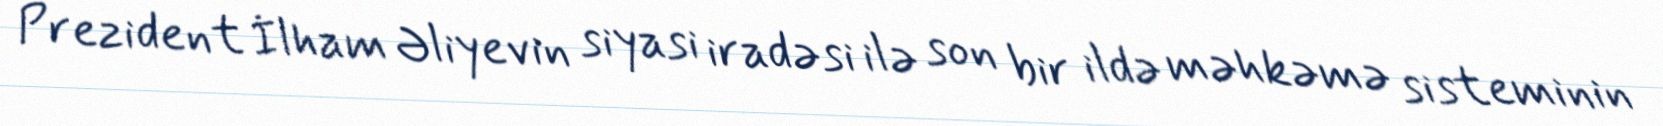
Prezident İlham Əliyevin siyasi iradəsi ilə son bir ildə məhkəmə sisteminin